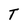
Character: T